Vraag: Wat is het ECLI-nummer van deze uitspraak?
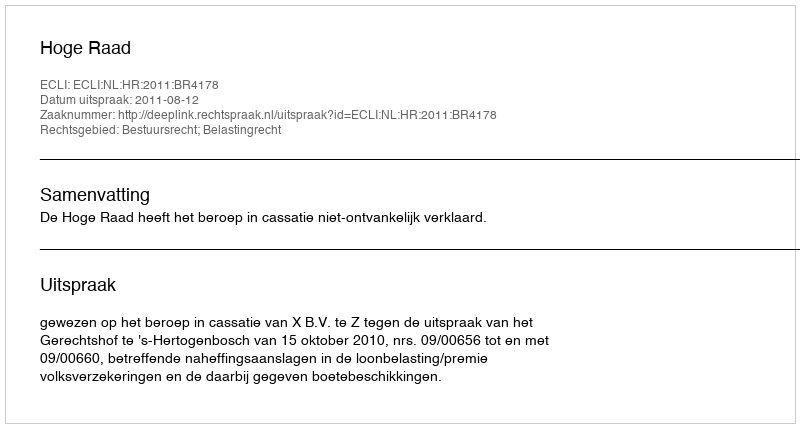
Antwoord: ECLI:NL:HR:2011:BR4178